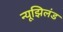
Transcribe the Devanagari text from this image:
न्यूझिलंड